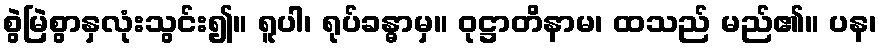
စွဲမြဲစွာနှလုံးသွင်း၍။ ရူပါ၊ ရုပ်ခန္ဓာမှ။ ဝုဋ္ဌာတိနာမ၊ ထသည် မည်၏။ ပန၊